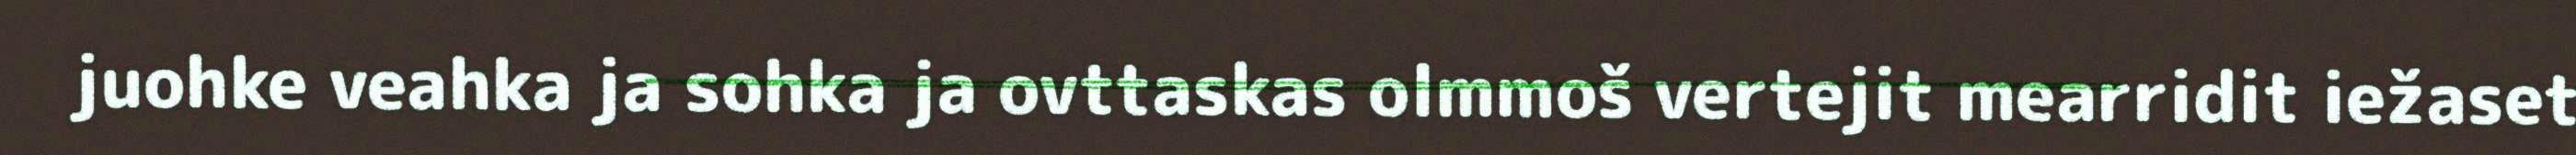
juohke veahka ja sohka ja ovttaskas olmmoš vertejit mearridit iežaset